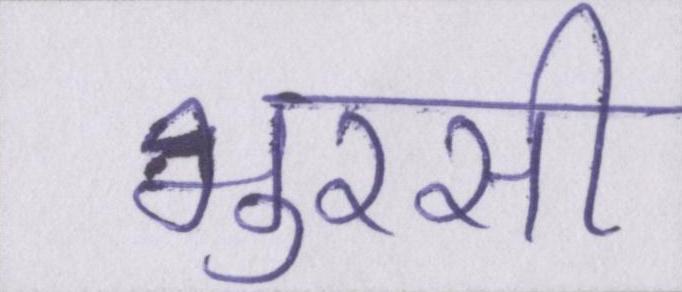
भुरसी